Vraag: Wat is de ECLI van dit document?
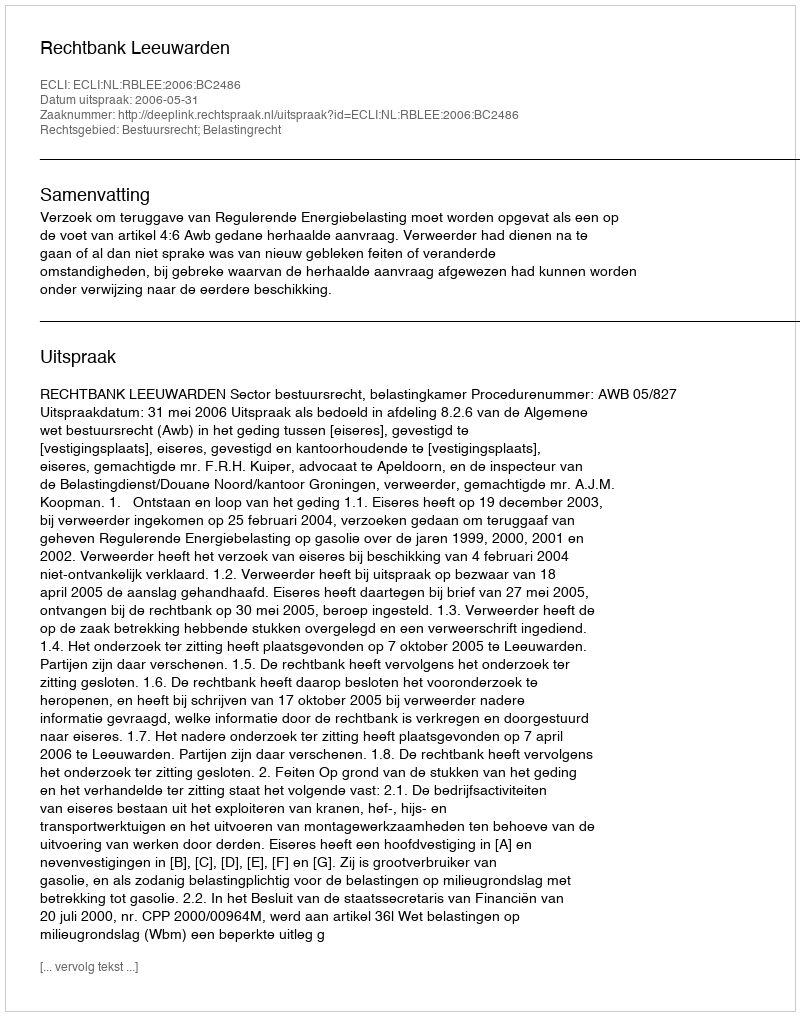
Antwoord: ECLI:NL:RBLEE:2006:BC2486